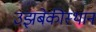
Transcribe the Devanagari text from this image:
उझबेकीस्थान